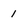
Character: 1